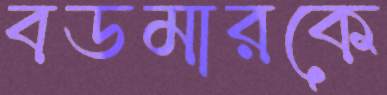
বডমারকে